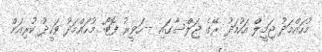
މުހައްމަދު ޖަމީލް އަހުމަދު ރޭގެ ޖަލްސާގައި --ހަވީރު ފޮޓޯ: މުހައްމަދު ވަހީދު ކުރިއަށް